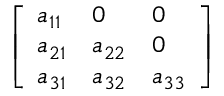
\left[ \begin{array} { l l l } { a _ { 1 1 } } & { 0 } & { 0 } \\ { a _ { 2 1 } } & { a _ { 2 2 } } & { 0 } \\ { a _ { 3 1 } } & { a _ { 3 2 } } & { a _ { 3 3 } } \end{array} \right]